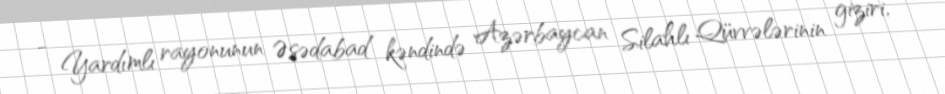
- Yardımlı rayonunun Əsədabad kəndində Azərbaycan Silahlı Qüvvələrinin giziri,